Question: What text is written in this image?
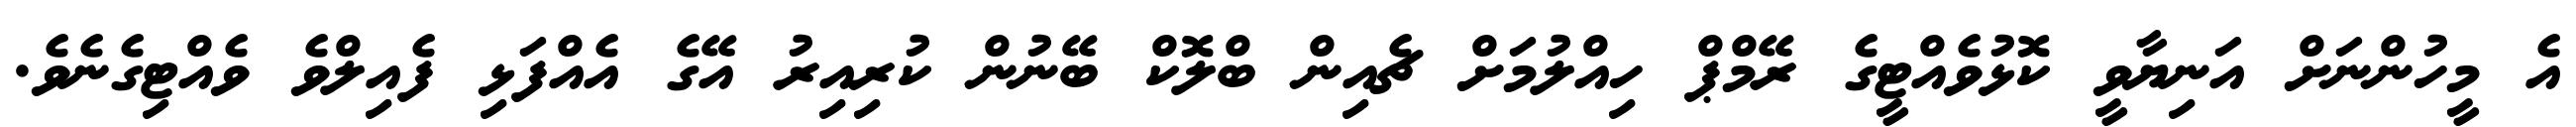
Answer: އެ މީހުންނަށް އަނިޔާވީ ކޮޅުވެއްޓީގެ ރޭމްޕް ހިއްލުމަށް ޗެއިން ބްލޮކް ބޭނުން ކުރިއިރު އޭގެ އެއްފަޅި ފެއިލްވެ ވެއްޓިގެނެވެ.